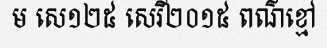
ម សេ១២៥ សេរី២០១៥ ពណ៌ខ្មៅ